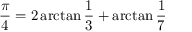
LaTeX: { \frac { \pi } { 4 } } = 2 \arctan { \frac { 1 } { 3 } } + \arctan { \frac { 1 } { 7 } }